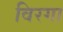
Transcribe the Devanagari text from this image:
विरगा